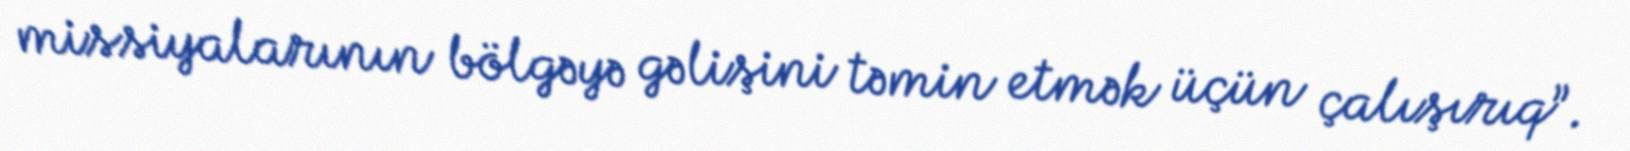
missiyalarının bölgəyə gəlişini təmin etmək üçün çalışırıq”.